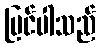
မြင်ပါသည်